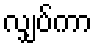
လျှပ်ကာ